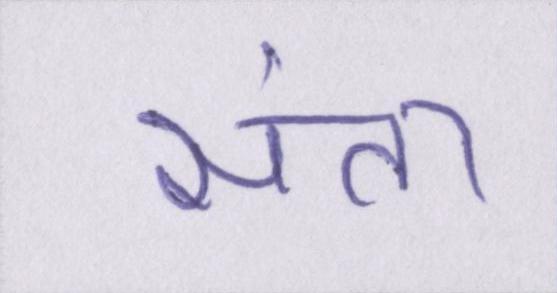
संता